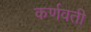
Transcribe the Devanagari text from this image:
कर्णवती